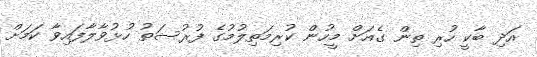
އަދި ބާކީ ހުރި ތިން ގެއަށް މީހުން ކުރިމަތިލުމުގެ ފުރުސަތު ހުޅުވާލާފައިވާ ކަމަށް